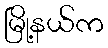
မြို့နယ်က